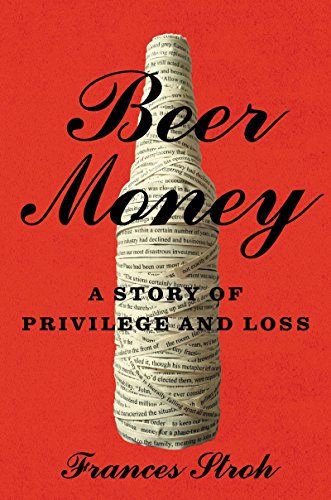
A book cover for Beer Money: A Memoir of Privilege, Loss, and the Decline of a Detroit Dynasty; Frances Stroh; Parenting & Relationships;